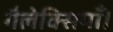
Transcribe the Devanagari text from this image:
गैलेक्सियाँ।